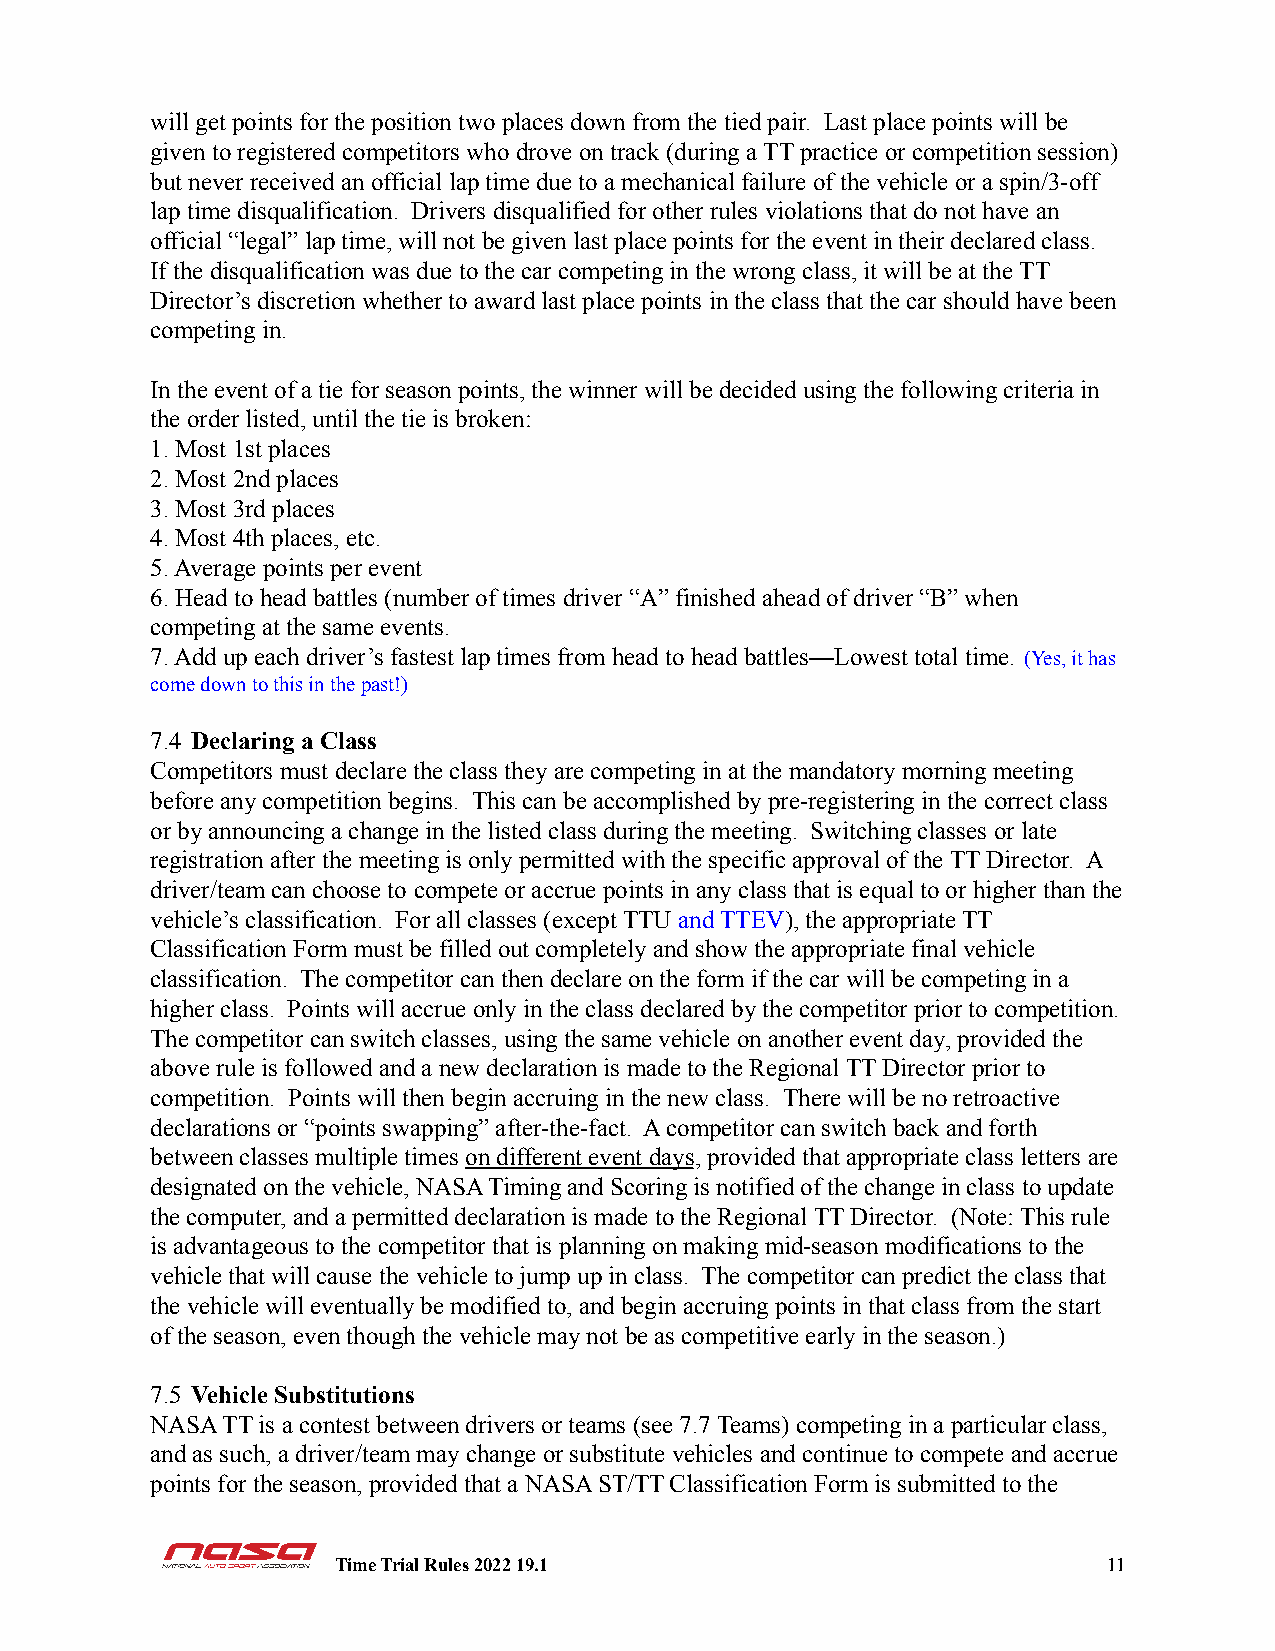
will get points for the position two places down from the tied pair. Last place points will be
 given to registered competitors who drove on track (during a TT practice or competition session)
 but never received an official lap time due to a mechanical failure of the vehicle or a spin/3-off
 lap time disqualification. Drivers disqualified for other rules violations that do not have an
 official “legal” lap time, will not be given last place points for the event in their declared class.
 If the disqualification was due to the car competing in the wrong class, it will be at the TT
 Director’s discretion whether to award last place points in the class that the car should have been
 competing in.
 In the event of a tie for season points, the winner will be decided using the following criteria in
 the order listed, until the tie is broken:
 1. Most 1st places
 2. Most 2nd places
 3. Most 3rd places
 4. Most 4th places, etc.
 5. Average points per event
 6. Head to head battles (number of times driver “A” finished ahead of driver “B” when
 competing at the same events.
 7. Add up each driver’s fastest lap times from head to head battles—Lowest total time. (Yes, it has
 come down to this in the past!)
 7.4 Declaring a Class
 Competitors must declare the class they are competing in at the mandatory morning meeting
 before any competition begins. This can be accomplished by pre-registering in the correct class
 or by announcing a change in the listed class during the meeting. Switching classes or late
 registration after the meeting is only permitted with the specific approval of the TT Director. A
 driver/team can choose to compete or accrue points in any class that is equal to or higher than the
 vehicle’s classification. For all classes (except TTU and TTEV), the appropriate TT
 Classification Form must be filled out completely and show the appropriate final vehicle
 classification. The competitor can then declare on the form if the car will be competing in a
 higher class. Points will accrue only in the class declared by the competitor prior to competition.
 The competitor can switch classes, using the same vehicle on another event day, provided the
 above rule is followed and a new declaration is made to the Regional TT Director prior to
 competition. Points will then begin accruing in the new class. There will be no retroactive
 declarations or “points swapping” after-the-fact. A competitor can switch back and forth
 between classes multiple timeson different eventdays, provided that appropriate class letters are
 designated on the vehicle, NASA Timing and Scoring is notified of the change in class to update
 the computer, and a permitted declaration is made to the Regional TT Director. (Note: This rule
 is advantageous to the competitor that is planning on making mid-season modifications to the
 vehicle that will cause the vehicle to jump up in class. The competitor can predict the class that
 the vehicle will eventually be modified to, and begin accruing points in that class from the start
 of the season, even though the vehicle may not be as competitive early in the season.)
 7.5 Vehicle Substitutions
 NASA TT is a contest between drivers or teams (see 7.7 Teams) competing in a particular class,
 and as such, a driver/team may change or substitute vehicles and continue to compete and accrue
 points for the season, provided that a NASA ST/TT Classification Form is submitted to the
 Time Trial Rules 2022 19.1                         11